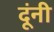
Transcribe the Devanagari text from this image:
दूंनी